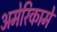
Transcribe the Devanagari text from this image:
अमेरिकामें